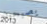
يصبحون